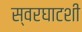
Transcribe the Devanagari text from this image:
स्वरघाटशी